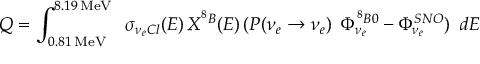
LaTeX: Q = \int _ { 0 . 8 1 \, \mathrm { M e V } } ^ { 8 . 1 9 \, \mathrm { M e V } } \, ~ \sigma _ { \nu _ { e } C l } ( E ) \, X ^ { ^ 8 B } ( E ) \, ( P ( \nu _ { e } \to \nu _ { e } ) \, ~ \Phi _ { \nu _ { e } } ^ { { ^ 8 B } 0 } - \Phi _ { \nu _ { e } } ^ { S N O } ) \, ~ d E